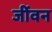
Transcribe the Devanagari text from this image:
जींवन